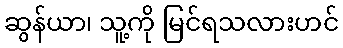
ဆွန်ယာ၊ သူ့ကို မြင်ရသလားဟင်